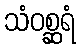
သံဝစ္ဆရံ